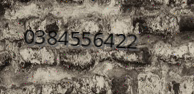
0384556422